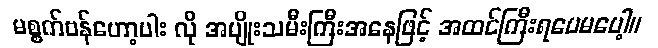
မစ္စက်ဗန်ဟော့ပါး လို အမျိုးသမီးကြီးအနေဖြင့် အထင်ကြီးရပေမပေါ့။